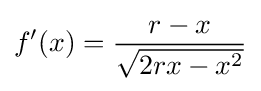
f'(x)={\frac {r-x}{\sqrt {2rx-x^{2}}}}